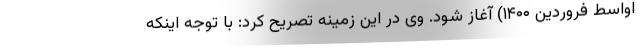
اواسط فروردین ۱۴۰۰) آغاز شود. وی در این زمینه تصریح کرد: با توجه اینکه